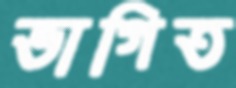
ভাগিত